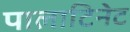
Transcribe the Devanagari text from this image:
पालाटिनेट